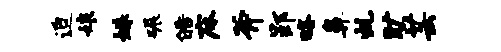
迫娘姝碾皓床斧郢略鼻虬旷芸